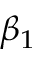
\beta _ { 1 }